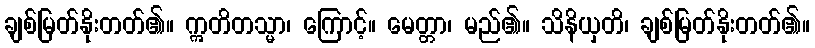
ချစ်မြတ်နိုးတတ်၏။ ဣတိတသ္မာ၊ ကြောင့်။ မေတ္တာ၊ မည်၏။ သိနိယှတိ၊ ချစ်မြတ်နိုးတတ်၏။